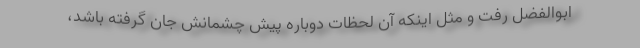
ابوالفضل رفت و مثل اینکه آن لحظات دوباره پیش چشمانش جان گرفته باشد،